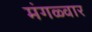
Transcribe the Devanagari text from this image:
मंगळ्वार